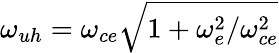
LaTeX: \omega_{uh}=\omega_{ce}\sqrt{1+\omega_{e}^{2}/\omega_{ce}^{2}}